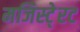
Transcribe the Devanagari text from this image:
मजिस्टे्रट